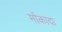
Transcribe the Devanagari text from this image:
मोंकादा